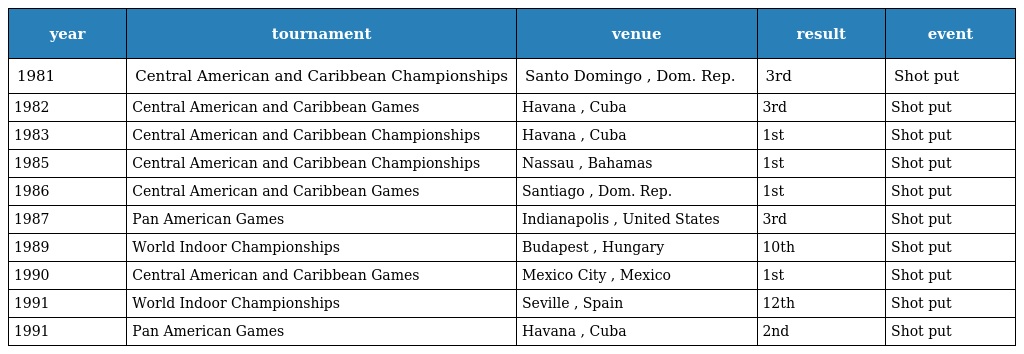
| year | tournament | venue | result | event |
 | --- | --- | --- | --- | --- |
 | 1981 | Central American and Caribbean Championships | Santo Domingo , Dom. Rep. | 3rd | Shot put |
 | 1982 | Central American and Caribbean Games | Havana , Cuba | 3rd | Shot put |
 | 1983 | Central American and Caribbean Championships | Havana , Cuba | 1st | Shot put |
 | 1985 | Central American and Caribbean Championships | Nassau , Bahamas | 1st | Shot put |
 | 1986 | Central American and Caribbean Games | Santiago , Dom. Rep. | 1st | Shot put |
 | 1987 | Pan American Games | Indianapolis , United States | 3rd | Shot put |
 | 1989 | World Indoor Championships | Budapest , Hungary | 10th | Shot put |
 | 1990 | Central American and Caribbean Games | Mexico City , Mexico | 1st | Shot put |
 | 1991 | World Indoor Championships | Seville , Spain | 12th | Shot put |
 | 1991 | Pan American Games | Havana , Cuba | 2nd | Shot put |